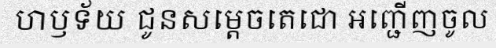
ហឫទ័យ ជូនសម្តេចតេជោ អញ្ជើញចូល